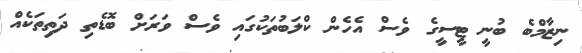
ނިޒާމްބެ ބުނީ ޓީސީގެ ވެސް އެހެން ކްލަބުތަކުގައި ވެސް ވަރަށް ބޮޑެތި ދަތިތަކެއް